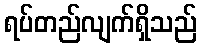
ရပ်တည်လျက်ရှိသည်